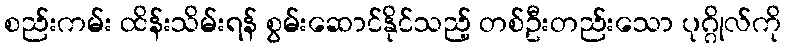
စည်းကမ်း ထိန်းသိမ်းရန် စွမ်းဆောင်နိုင်သည့် တစ်ဦးတည်းသော ပုဂ္ဂိုလ်ကို